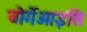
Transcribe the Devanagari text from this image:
बोर्गेओइसि